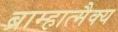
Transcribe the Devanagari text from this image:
ब्राम्हात्मैक्य